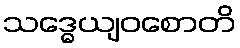
သဒ္ဓေယျဝစောတိ